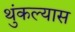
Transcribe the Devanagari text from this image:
थुंकल्यास